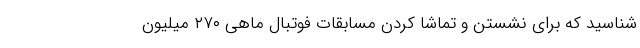
‌شناسید که برای نشستن و تماشا کردن مسابقات فوتبال ماهی ۲۷۰ میلیون